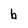
Character: b